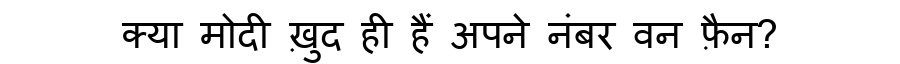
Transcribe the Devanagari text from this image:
क्या मोदी ख़ुद ही हैं अपने नंबर वन फ़ैन?